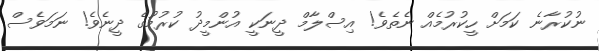
ނުކުރާނެ ކަމަށް ހީކުރުމެއް ނެތެވެ! އިސްލާމް ދީނަކީ އުންމީދު ކުރުމުގެ ދީނެވެ! ނަމަވެސް